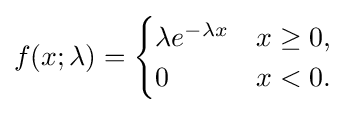
f(x;\lambda )={\begin{cases}\lambda e^{-\lambda x}&x\geq 0,\\0&x<0.\end{cases}}